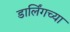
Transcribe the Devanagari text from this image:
डार्लिंगच्या